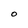
Character: o